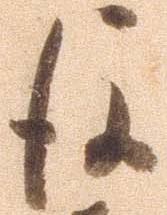
後